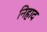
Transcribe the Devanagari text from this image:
निहाद